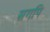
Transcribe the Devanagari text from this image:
स्रगपि